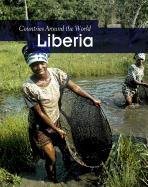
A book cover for Liberia (Countries Around the World); Robin S. Doak; Children's Books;